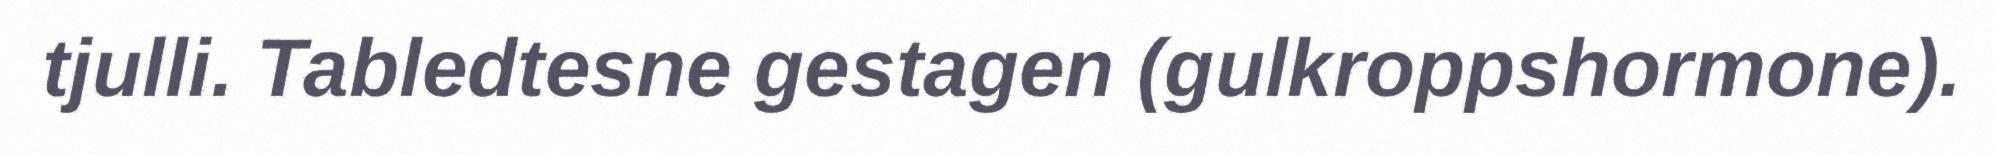
tjulli. Tabledtesne gestagen (gulkroppshormone).